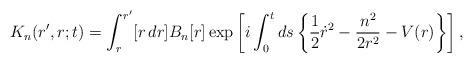
LaTeX: \begin{align*}K_n(r',r;t)= \int_{r}^{r'} [r \,dr] B_n [r]\exp\left[i \int_0^t ds\left\{\frac12 \dot{r}^2 - \frac{n^2}{2 r^2} - V(r)\right\}\right],\end{align*}